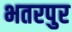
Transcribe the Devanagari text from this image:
भतरपुर